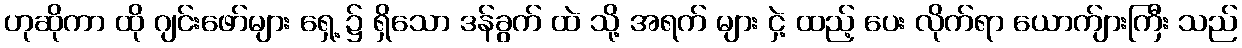
ဟုဆိုကာ ထို ဂျင်းဖော်များ ရှေ့ ၌ ရှိသော ဒန်ခွက် ထဲ သို့ အရက် များ ငှဲ့ ထည့် ပေး လိုက်ရာ ယောက်ျားကြီး သည်